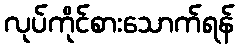
လုပ်ကိုင်စားသောက်ရန်